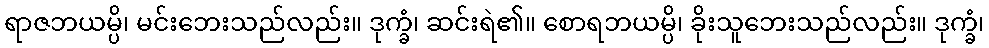
ရာဇဘယမ္ပိ၊ မင်းဘေးသည်လည်း။ ဒုက္ခံ၊ ဆင်းရဲ၏။ စောရဘယမ္ပိ၊ ခိုးသူဘေးသည်လည်း။ ဒုက္ခံ၊